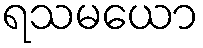
ရသမယော